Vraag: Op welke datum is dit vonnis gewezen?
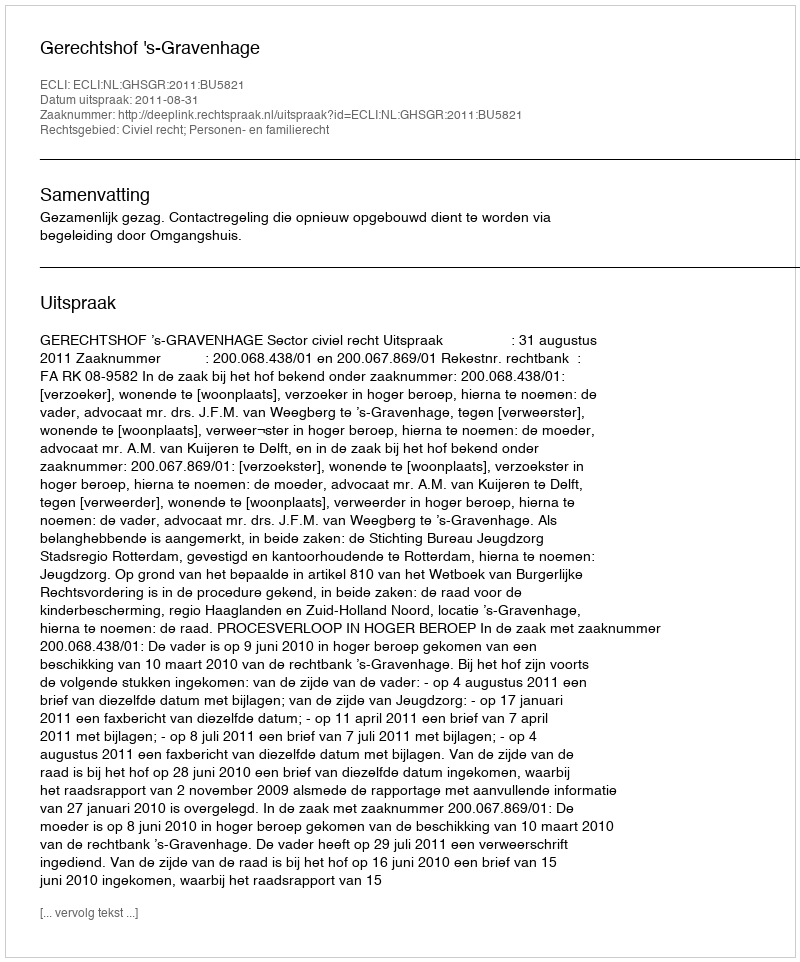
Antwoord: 2011-08-31